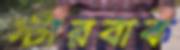
স্টারবাক